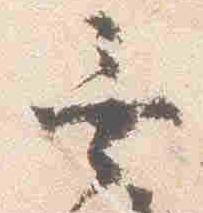
無